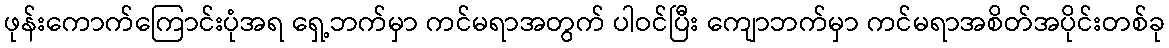
ဖုန်းကောက်ကြောင်းပုံအရ ရှေ့ဘက်မှာ ကင်မရာအတွက် ပါဝင်ပြီး ကျောဘက်မှာ ကင်မရာအစိတ်အပိုင်းတစ်ခု